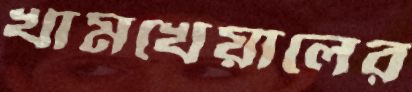
খামখেয়ালের